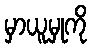
မှာယူမှုကို